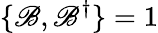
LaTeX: \{ \mathscr{B},\mathscr{B}^{\dagger}\} =1